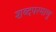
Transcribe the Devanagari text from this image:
शब्दपरमाणु